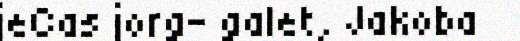
jeCas jorg- galet, Jakoba